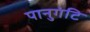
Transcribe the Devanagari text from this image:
पानुगंटि